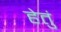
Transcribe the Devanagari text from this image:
हेतुं